Bréfritari: Einar Ásmundsson
Viðtakandi: Jón Borgfirðings Jónsson
Dagsetning: A-1867-05-29
Skrifað á: Nesi  S-Þing.

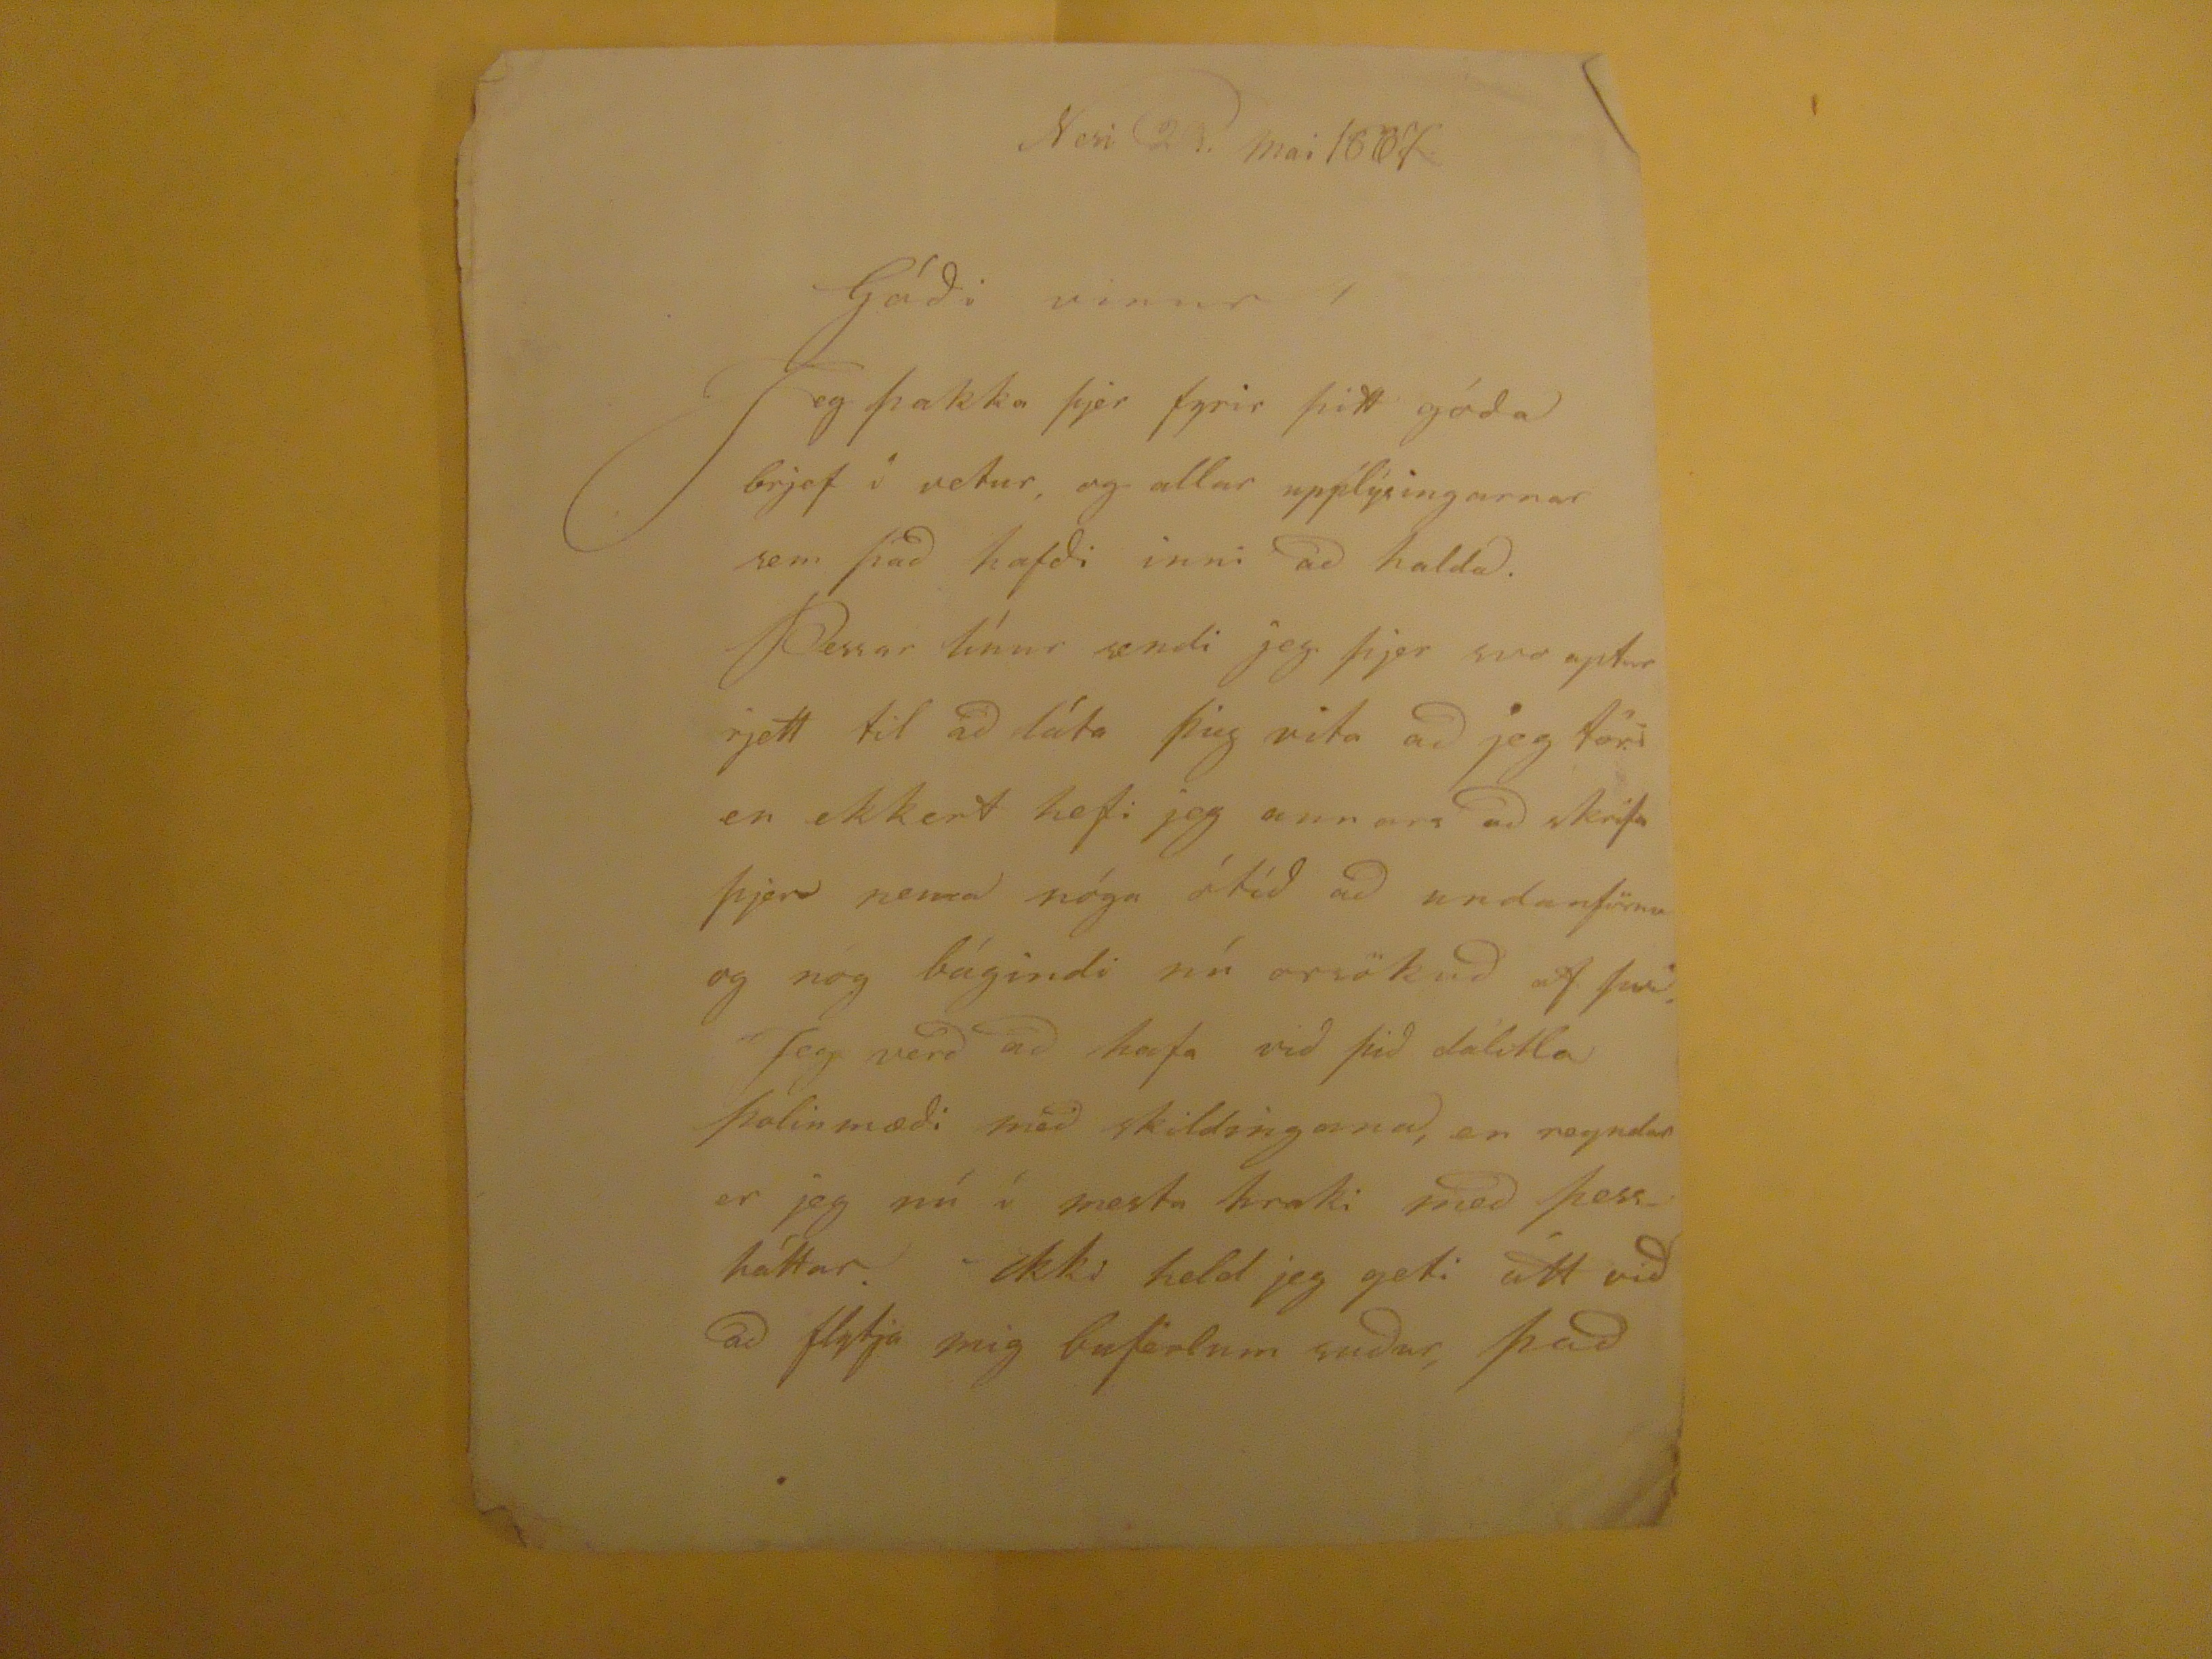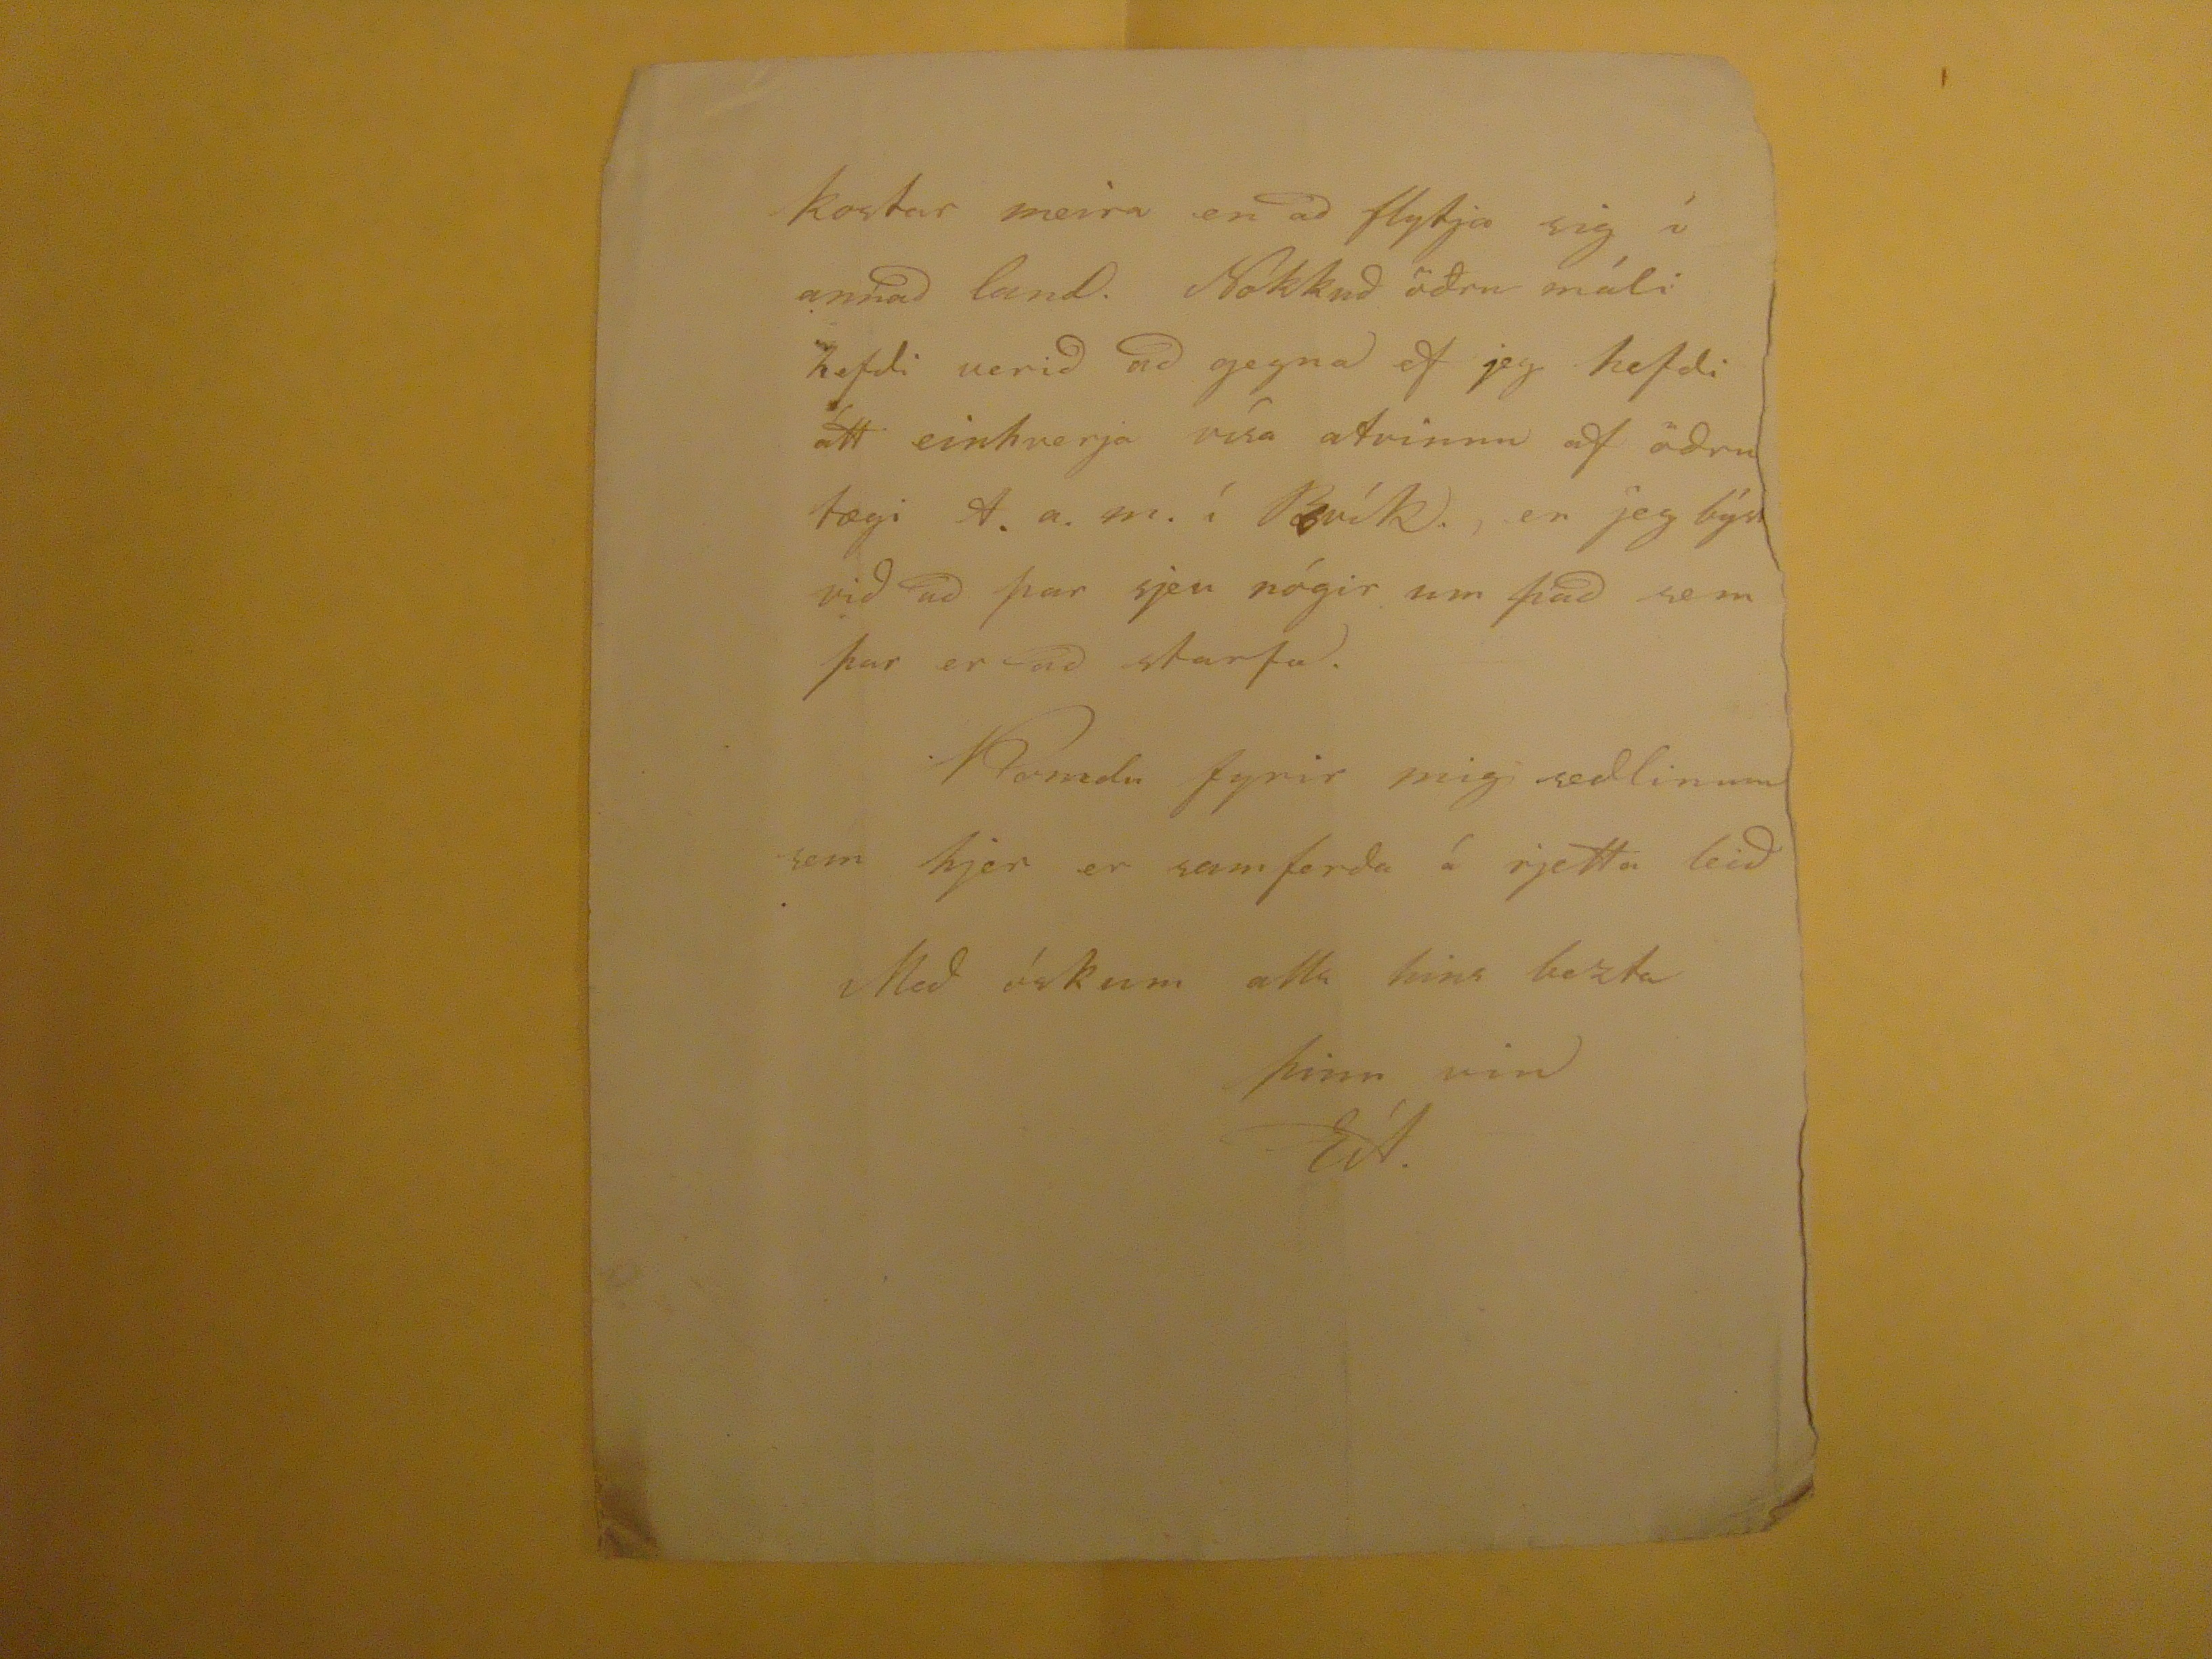

Nesi 29. mai 1867
Góði vinur!
Jeg þakka þjer fyrir þitt góða brjef í vetur, og allar upplýsingarnar sem það hafði inni að halda. Þessar línur sendi jeg þjer svo aptur rjett til að láta þig vita að jeg tóri en ekkert hefo jeg annars að skrifa þjer nema nóga ótíð að undanförnu og nóg bágindi nú orsökuð af því. Jeg verð að hafa við þið dálitla þolinmæði með skildingana, en reydnar er jeg nú í mesta hraki með þess háttar. Ekki held jeg geti átt við að flytja mig buferlum suður, það
kostar meira en að flytja sig í annað land. Nokkuð öðru máli hefði verið að gegna ef jeg hefði átt einhverja vísa atvinnu af öðru tægi A.a.m. í
Rvík.
, en jeg
býst
við að þar sjeu nógir um það sem þar er að starfa. Komdu fyrir mig seðlinum sem hjer er samferða á rjetta leið
Með óskum alls hins bezta
þinn vin
EÁ.